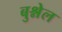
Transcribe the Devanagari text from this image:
बुश्नेल